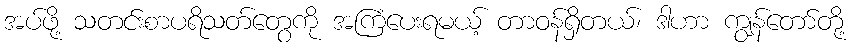
အပ်ဖို့ သတင်းစာပရိသတ်တွေကို အကြံပေးရမယ့် တာဝန်ရှိတယ်၊ ဒါဟာ ကျွန်တော်တို့